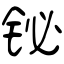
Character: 铋